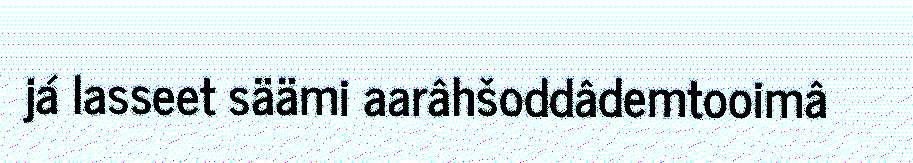
já lasseet säämi aarâhšoddâdemtooimâ